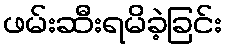
ဖမ်းဆီးရမိခဲ့ခြင်း